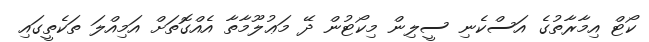
ކޯޓް އިމާރާތުގެ އަސްކެނި ސީލިން މިކޯޓުން ދޭ މަޢުލޫމާތާ އެއްގޮތަށް އަމިއްލަ ތަކެތީގައި